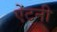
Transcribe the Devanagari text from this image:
ऐंटनी